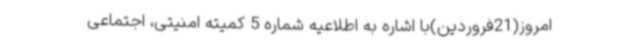
امروز(21فروردین)با اشاره به اطلاعیه شماره 5 کمیته امنیتی، ‌اجتماعی